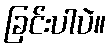
ခြင်းပါပဲ။